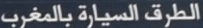
الطرق السيارة المعدّة